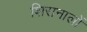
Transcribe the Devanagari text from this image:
शिरानालों